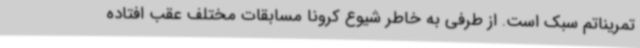
تمریناتم سبک است. از طرفی به خاطر شیوع کرونا مسابقات مختلف عقب افتاده